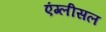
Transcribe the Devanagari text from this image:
एंग्लीसल